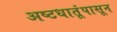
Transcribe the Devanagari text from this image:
अष्टधातूंपासून